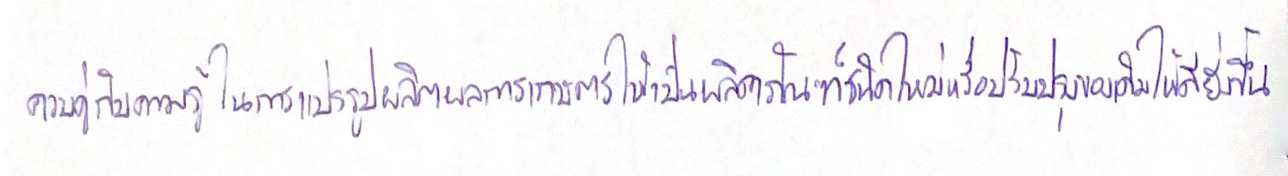
ควบคู่กับความรู้ในการแปรรูปผลิตผลการเกษตรให้เป็นผลิตภัณฑ์ชนิดใหม่หรือปรับปรุงของเดิมให้ดียิ่งขึ้น